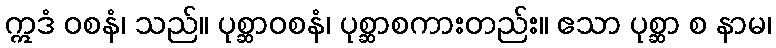
ဣဒံ ဝစနံ၊ သည်။ ပုစ္ဆာဝစနံ၊ ပုစ္ဆာစကားတည်း။ ဧသာ ပုစ္ဆာ စ နာမ၊